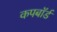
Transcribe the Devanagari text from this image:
कपबाॅर्ड